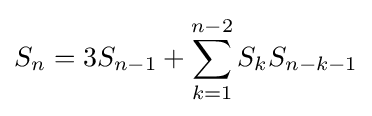
S_{n}=3S_{n-1}+\sum _{k=1}^{n-2}S_{k}S_{n-k-1}